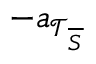
- \boldsymbol { a } _ { \mathcal { T } _ { \overline { { S } } } }